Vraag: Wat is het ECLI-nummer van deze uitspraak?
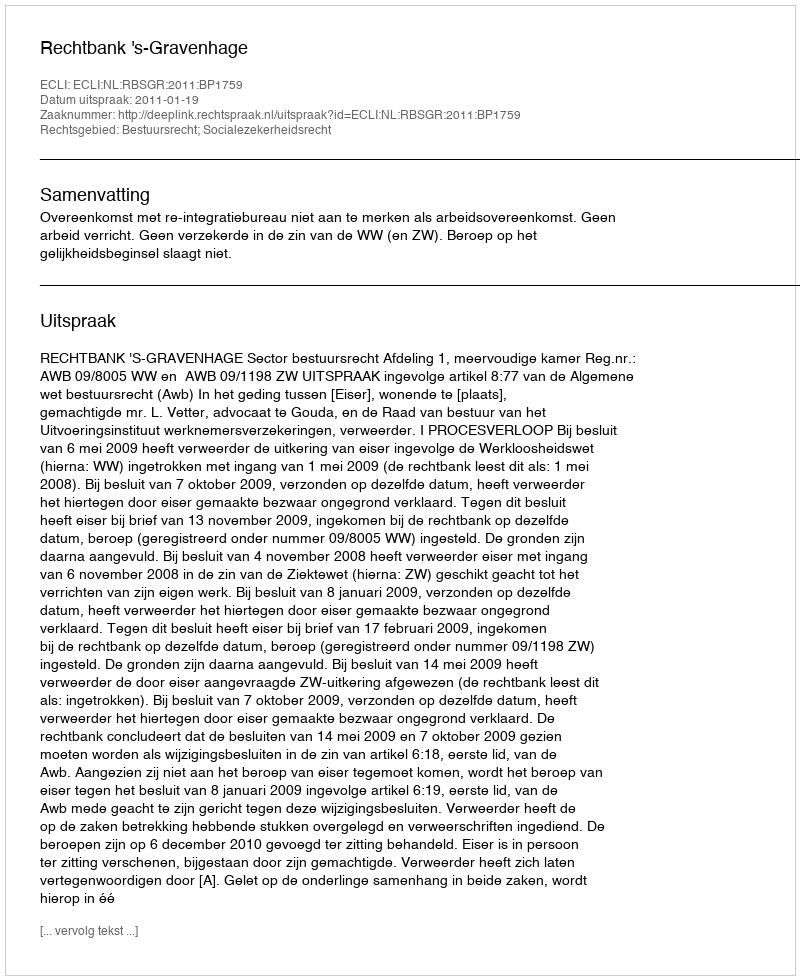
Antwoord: ECLI:NL:RBSGR:2011:BP1759